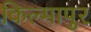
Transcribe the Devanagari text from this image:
किल्मापुर